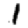
Digit: 1